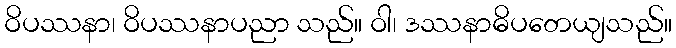
ဝိပဿနာ၊ ဝိပဿနာပညာ သည်။ ဝါ၊ ဒဿနာဓိပတေယျသည်။